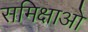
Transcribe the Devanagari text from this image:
समिक्षाओ